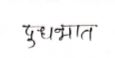
मजकूर: दुधभात